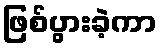
ဖြစ်ပွားခဲ့ကာ